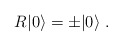
\begin{align*}R|0\rangle = \pm|0\rangle\; .\end{align*}